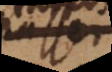
passer